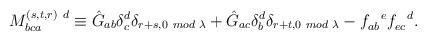
LaTeX: \begin{align*}M_{bca}^{(s,t,r) \ d} \equiv \hat{G}_{ab} \delta_c^d \delta_{r+s,0\hspace{.05in}mod\hspace{.04in}\lambda} + \hat{G}_{ac} \delta_b^d \delta_{r+t,0\hspace{.05in}mod\hspace{.04in}\lambda} -f_{ab}^{\ \ e}f_{ec}^{\ \ d}.\end{align*}